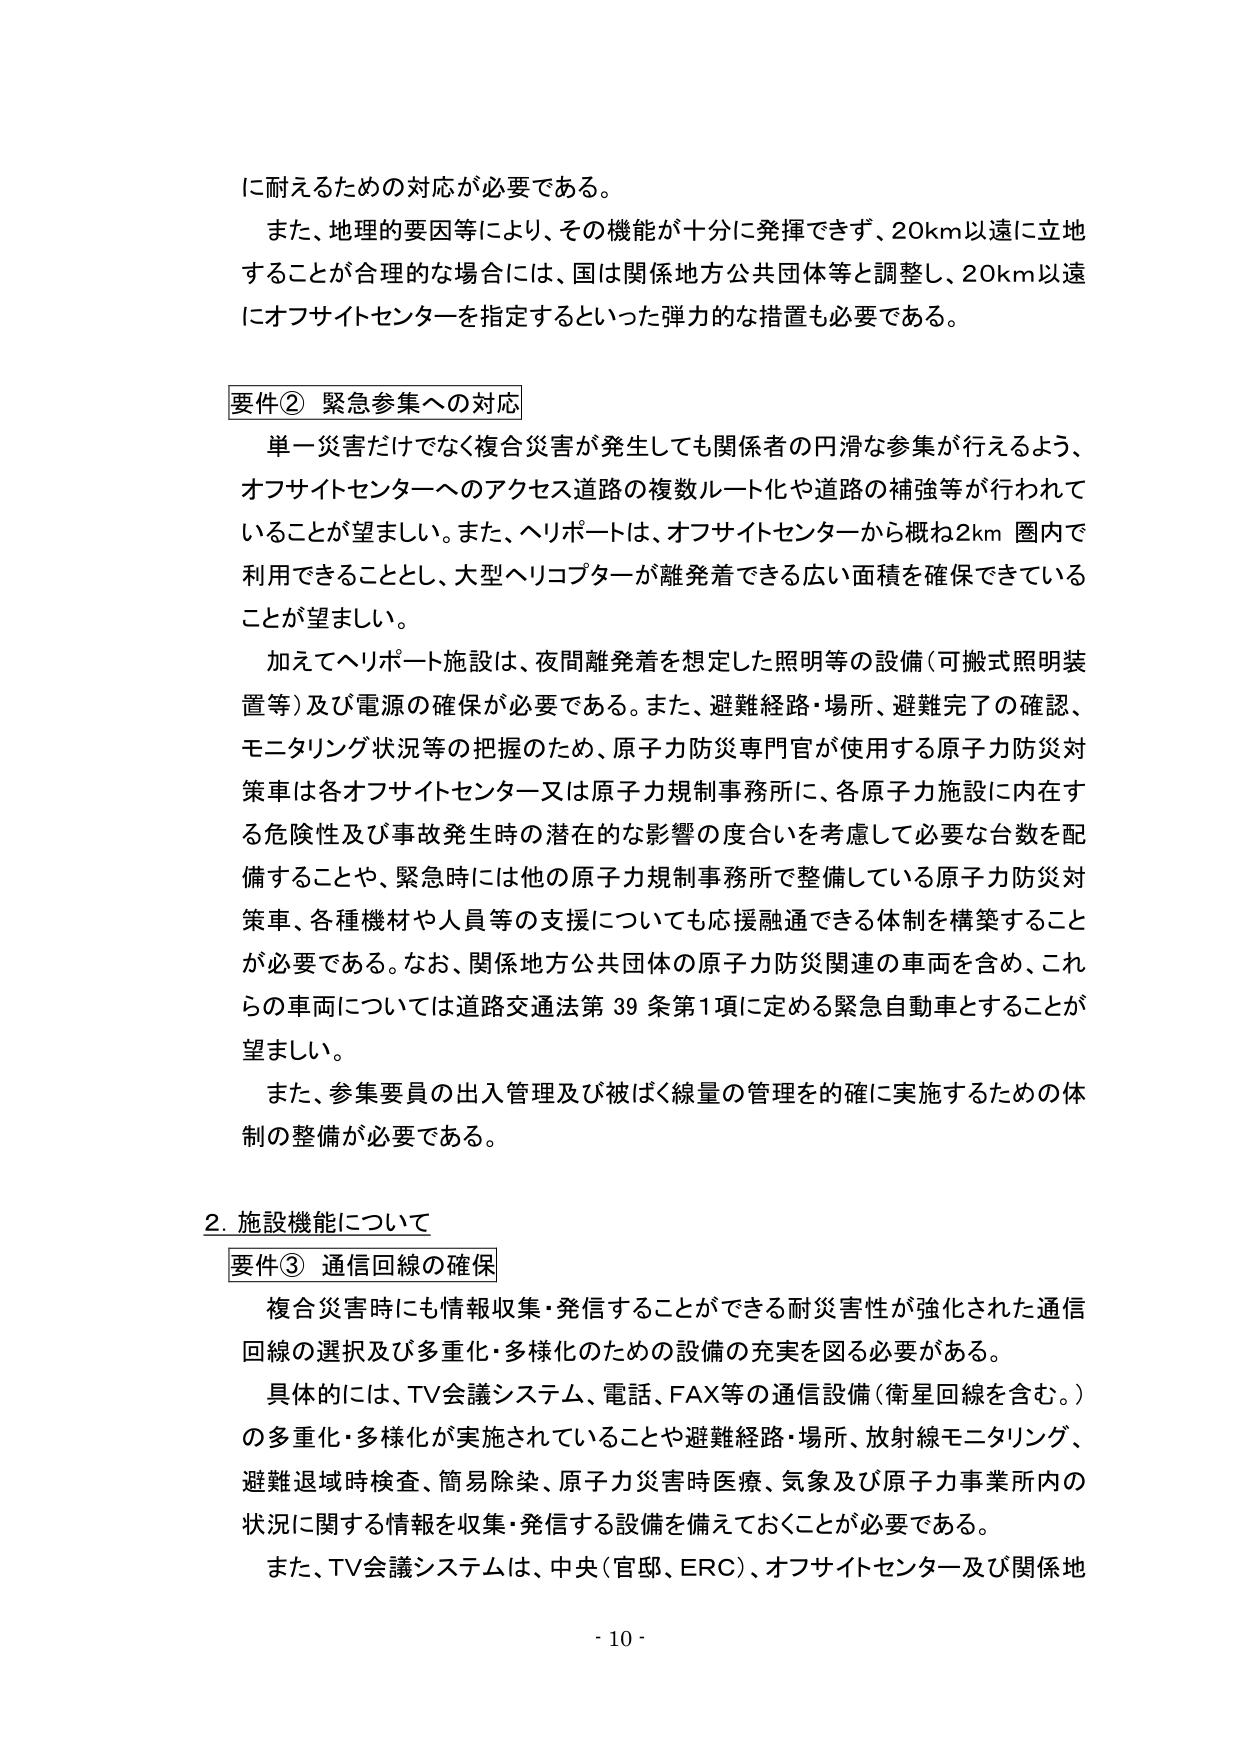
に耐えるための対応が必要である。

また、地理的要因等により、その機能が十分に発揮できず、20km以遠に立地することが合理的な場合には、国は関係地方公共団体等と調整し、20km以遠にオフサイトセンターを指定するといった弾力的な措置も必要である。

要件② 緊急参集への対応

単一災害だけでなく複合災害が発生しても関係者の円滑な参集が行えるよう、オフサイトセンターへのアクセス道路の複数ルート化や道路の補強等が行われていることが望ましい。また、ヘリポートは、オフサイトセンターから概ね2km圏内で利用できることとし、大型ヘリコプターが離発着できる広い面積を確保できていることが望ましい。

加えてヘリポート施設は、夜間離発着を想定した照明等の設備（可搬式照明装置等）及び電源の確保が必要である。また、避難経路・場所、避難完了の確認、モニタリング状況等の把握のため、原子力防災専門官が使用する原子力防災対策車は各オフサイトセンター又は原子力規制事務所に、各原子力施設に内在する危険性及び事故発生時の潜在的な影響の度合いを考慮して必要な台数を配備することや、緊急時には他の原子力規制事務所で整備している原子力防災対策車、各種機材や人員等の支援についても応援融通できる体制を構築することが必要である。なお、関係地方公共団体の原子力防災関連の車両を含め、これらの車両については道路交通法第39条第1項に定める緊急自動車とすることが望ましい。

また、参集要員の出入管理及び被ばく線量の管理を的確に実施するための体制の整備が必要である。

2. 施設機能について

要件③ 通信回線の確保

複合災害時にも情報収集・発信することができる耐災害性が強化された通信回線の選択及び多重化・多様化のための設備の充実を図る必要がある。

具体的には、TV会議システム、電話、FAX等の通信設備（衛星回線を含む。）の多重化・多様化が実施されていることや避難経路・場所、放射線モニタリング、避難退域時検査、簡易除染、原子力災害時医療、気象及び原子力事業所内の状況に関する情報を収集・発信する設備を備えておくことが必要である。

また、TV会議システムは、中央（官邸、ERC）、オフサイトセンター及び関係地

- 10 -